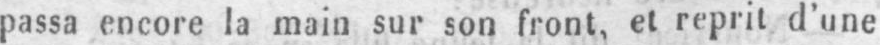
passa encore la main sur son front, et reprit d’une